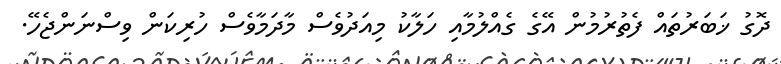
ދޮގު ޚަބަރުތައް ފެތުރުމުން އޭގެ ގެއްލުމާއި ހަލާކު މިއަދުވެސް މާދަމާވެސް ހުރިކަން ވިސްނަންޖެހޭ.